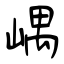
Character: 嵎